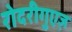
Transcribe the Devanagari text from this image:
रोदरीगुएज़